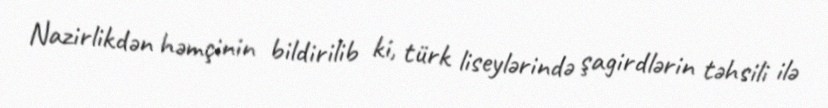
Nazirlikdən həmçinin bildirilib ki, türk liseylərində şagirdlərin təhsili ilə